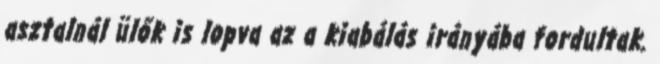
asztalnál ülők is lopva az a kiabálás irányába fordultak.